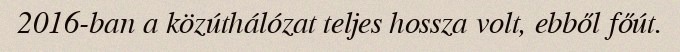
2016-ban a közúthálózat teljes hossza volt, ebből főút.